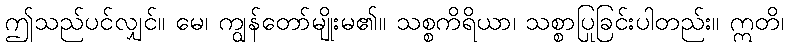
ဤသည်ပင်လျှင်။ မေ၊ ကျွန်တော်မျိုးမ၏။ သစ္စကိရိယာ၊ သစ္စာပြုခြင်းပါတည်း။ ဣတိ၊